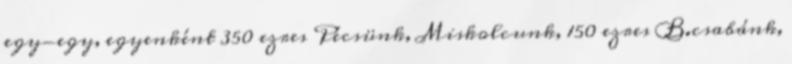
egy-egy, egyenként 350 ezres Pécsünk, Miskolcunk, 150 ezres B.csabánk,